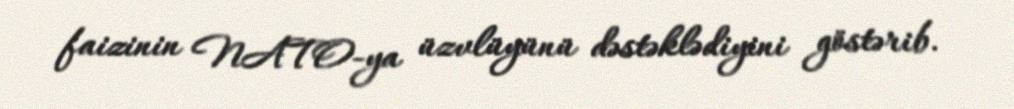
faizinin NATO-ya üzvlüyünü dəstəklədiyini göstərib.